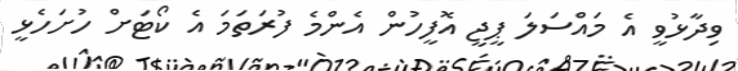
ވިދާޅުވީ އެ މައްސަލަ ޕީޖީ އޮފީހުން އެންމެ ފުރަތަމަ އެ ކޯޓަށް ހުށަހެޅީ